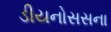
ડીયનોસસના